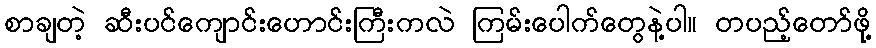
စာချတဲ့ ဆီးပင်ကျောင်းဟောင်းကြီးကလဲ ကြမ်းပေါက်တွေနဲ့ပါ။ တပည့်တော်ဖို့